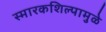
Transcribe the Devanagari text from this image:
स्मारकशिल्पामुळे